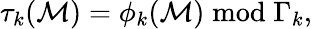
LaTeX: \tau_{k}({\cal M})=\phi_{k}({\cal M})\bmod\Gamma_{k}\mathrm{,}